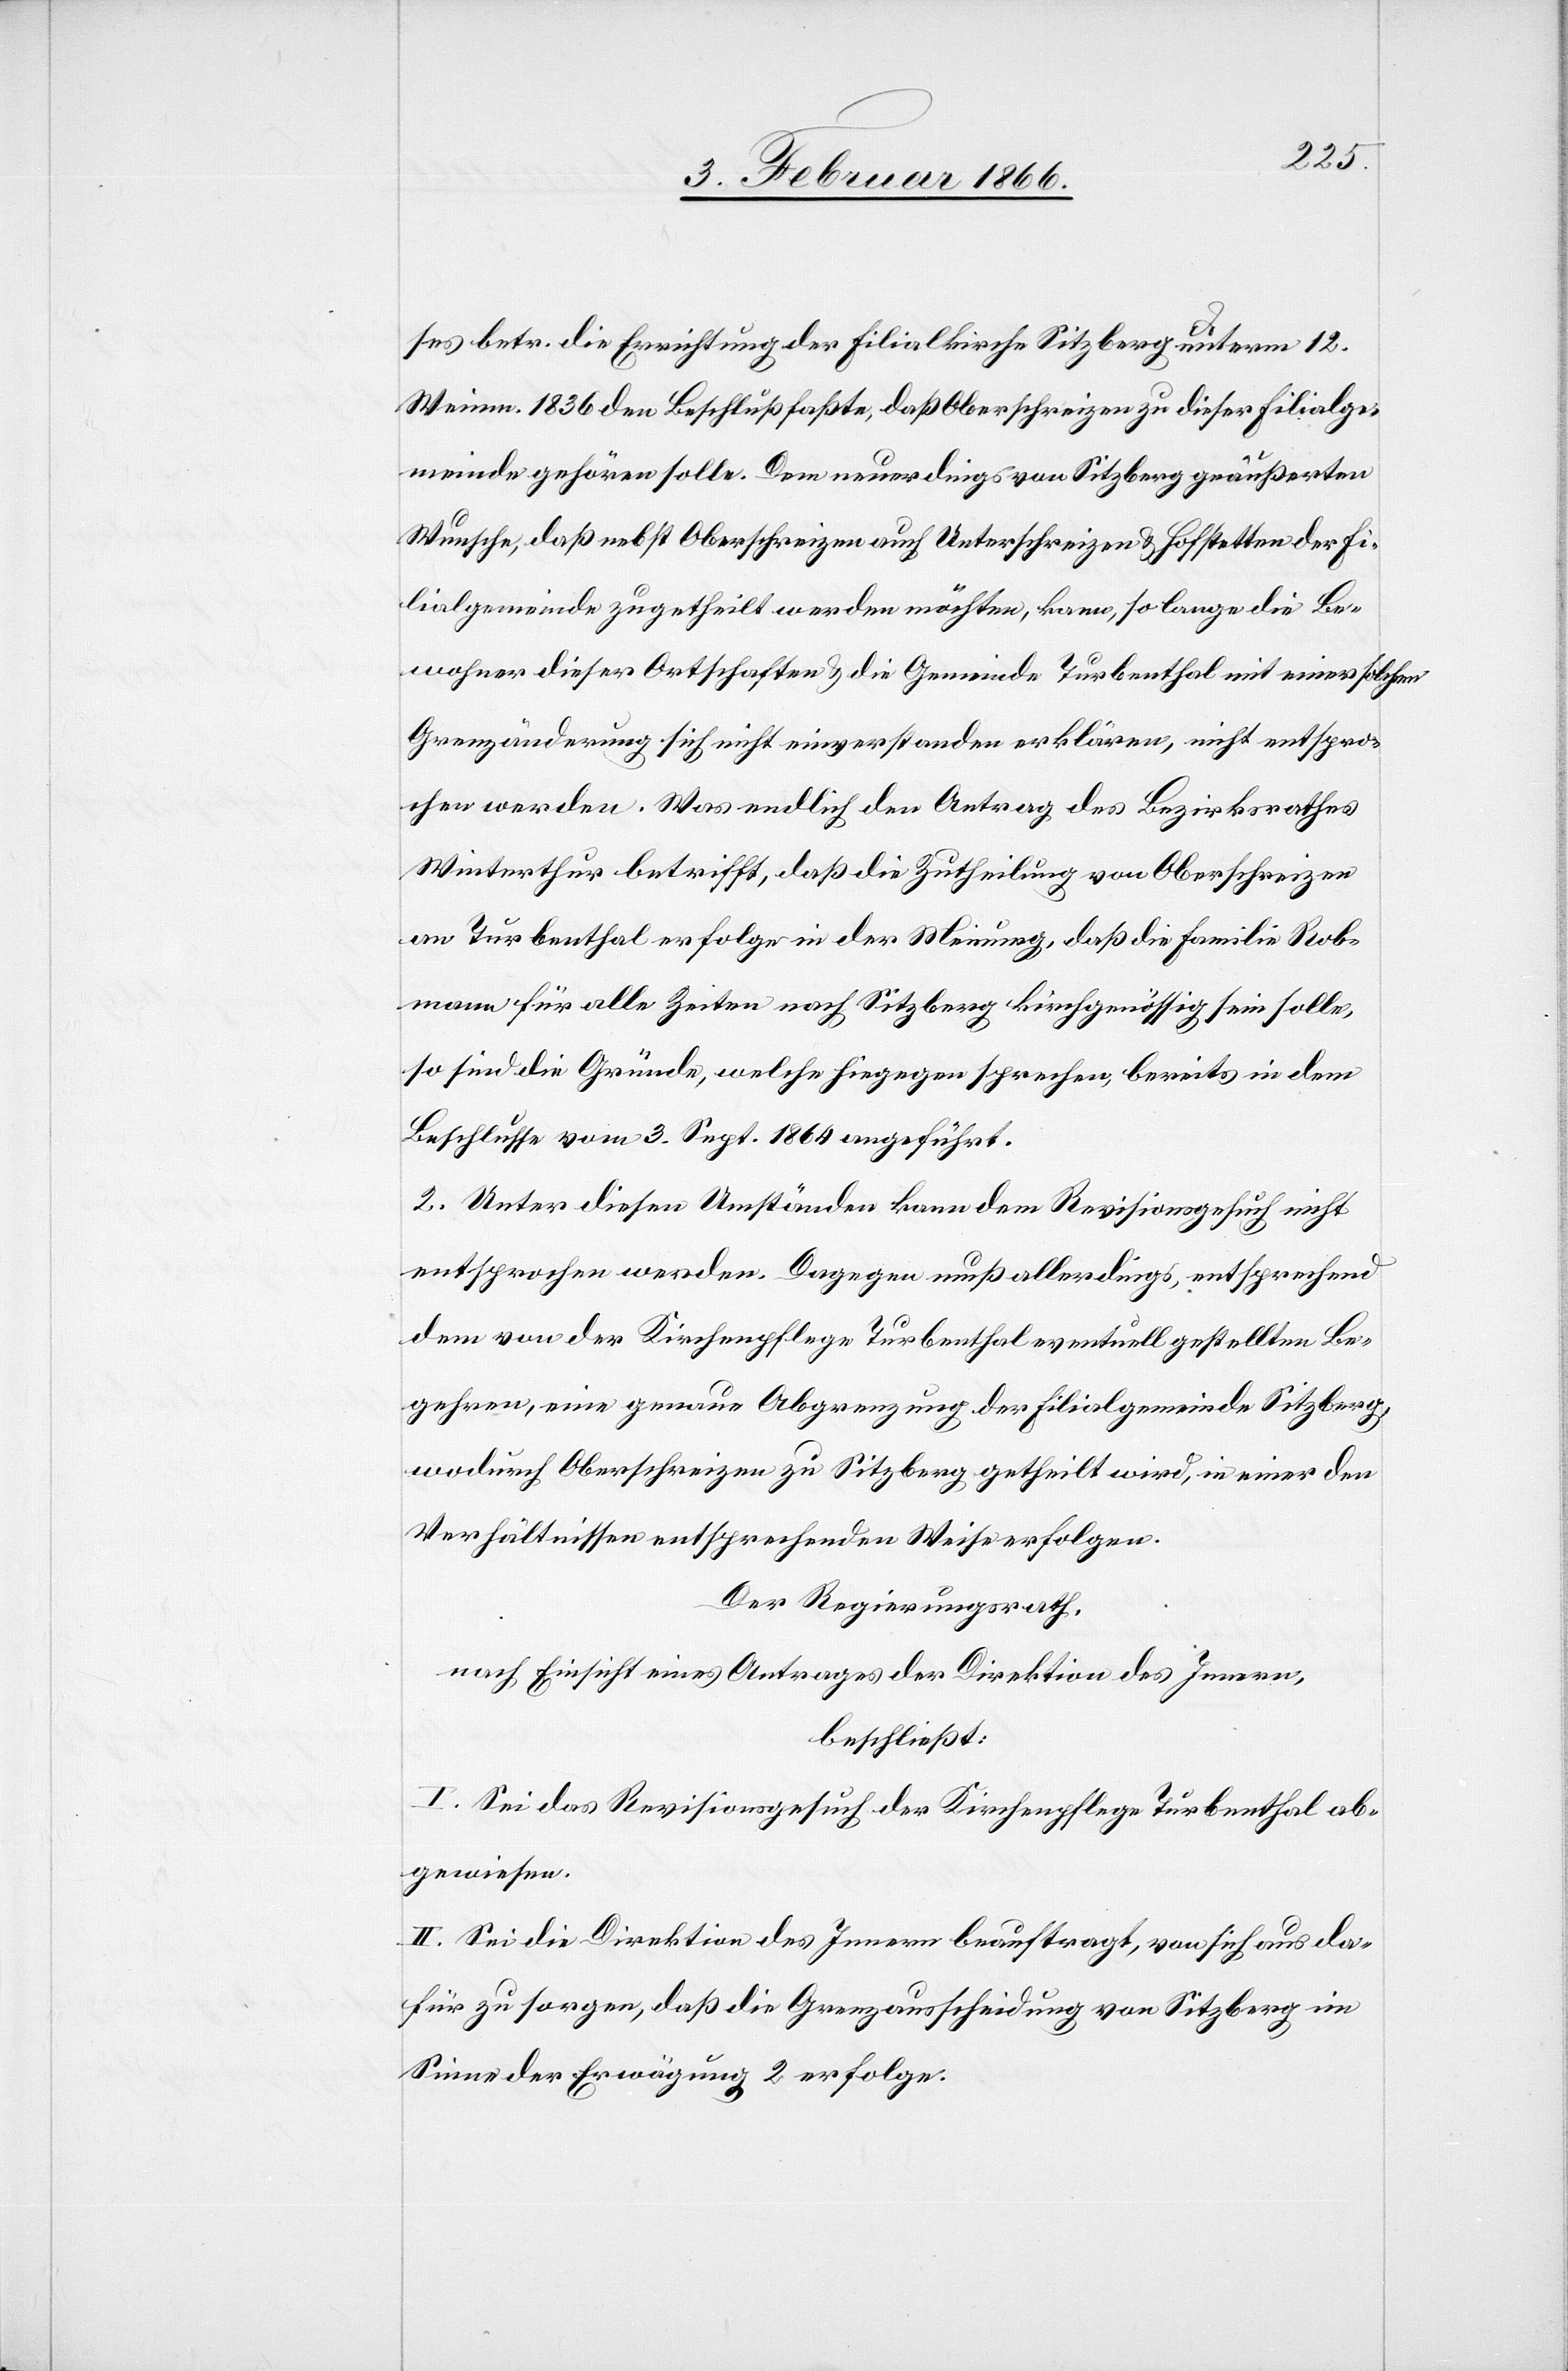
zuweisen.
ses betr. die Errichtung der Filialgemeinde Sitzberg unterm 12.
Weinm. 1836 den Beschluß faßte, daß Oberschreizen zu dieser Filialge¬
meinde gehören sollte. Dem neuerdings von Sitzberg geäußerten
Wunsche, daß nebst Oberschreizen auch Unterschreizen u. Hofstetten der Fi¬
lialgemeinde zugetheilt werden möchten, kann, so lange die Be¬
wohner dieser Ortschaften u. die Gemeinde Turbenthal mit einer solchen
Grenzänderung sich nicht einverstanden erklären, nicht entspro¬
chen werden. Was endlich den Antrag des Bezirksrathes
Winterthur betrifft, daß die Zutheilung von Oberschreizen
an Turbenthal erfolge in der Meinung, daß die Familie Rob¬
mann für alle Zeiten nach Sitzberg kirchgenössig sein solle,
so sind die Gründe, welche hiegegen sprechen, bereits in dem
Beschlusse vom 3. Sept. 1864 angeführt.
2. Unter diesen Umständen kann dem Revisionsgesuch nicht
entsprochen werden. Dagegen muß allerdings, entsprechend
dem von der Kirchenpflege Turbenthal eventuell gestellten Be¬
gehren, eine genaue Abgrenzung der Filialgemeinde Sitzberg,
wodurch Oberschreizen zu Sitzberg getheilt wird, in einer den
Verhältnissen entsprechenden Weise erfolgen.
Der Regierungsrath,
nach Einsicht eines Antrages der Direktion des Innern,
beschließt:
I. Sei das Revisionsgesuch der Kirchenpflege Turbenthal ab¬
II. Sei die Direktion des Innern beauftragt, von sich aus da¬
für zu sorgen, daß die Grenzausscheidung von Sitzberg im
Sinne der Erwägung 2 erfolge.